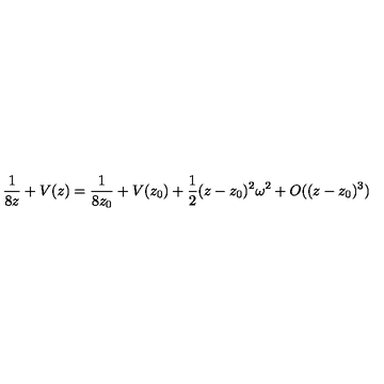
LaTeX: \frac { 1 } { 8 z } + V ( z ) = \frac { 1 } { 8 z _ { 0 } } + V ( z _ { 0 } ) + \frac 1 2 ( z - z _ { 0 } ) ^ { 2 } \omega ^ { 2 } + O ( ( z - z _ { 0 } ) ^ { 3 } )